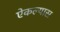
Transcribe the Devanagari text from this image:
ऐकल्यास